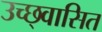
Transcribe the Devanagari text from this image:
उच्छ्वासित